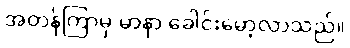
အတန်ကြာမှ မာနာ ခေါင်းမော့လာသည်။